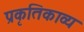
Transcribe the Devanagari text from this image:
प्रकृतिकाव्य